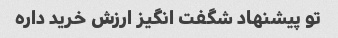
تو پیشنهاد شگفت انگیز ارزش خرید داره